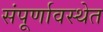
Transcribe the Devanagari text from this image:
संपूर्णावस्थेत